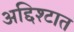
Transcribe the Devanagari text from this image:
अद्दिश्टात